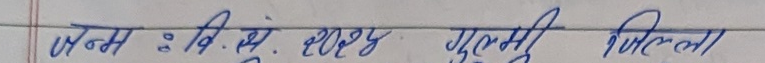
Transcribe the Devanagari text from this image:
जन्म : वि.सं. २०२४ पुल्चोक, ललितपुर